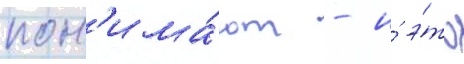
пон'има́ют - и́ э́то